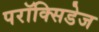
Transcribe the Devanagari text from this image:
परॉक्सिडेज